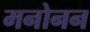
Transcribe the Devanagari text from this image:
मनोनन